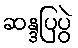
ဆန္ဒပြပွဲ